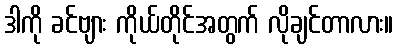
ဒါကို ခင်ဗျား ကိုယ်တိုင်အတွက် လိုချင်တာလား။